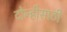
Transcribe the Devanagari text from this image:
दोन्हीसाठी